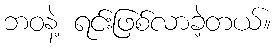
ဘဝနဲ့ ရင်းဖြစ်လာခဲ့တယ်။